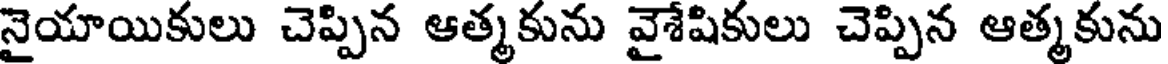
నైయాయికులు చెప్పిన ఆత్మకును వైశేషికులు చెప్పిన ఆత్మకును